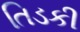
તિડકી